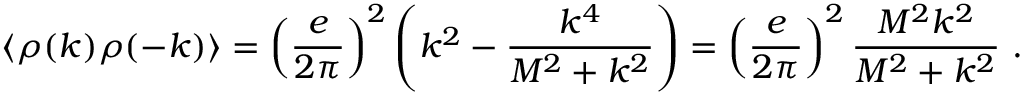
\langle \rho ( k ) \rho ( - k ) \rangle = \left( { \frac { e } { 2 \pi } } \right) ^ { 2 } \left( k ^ { 2 } - { \frac { k ^ { 4 } } { M ^ { 2 } + k ^ { 2 } } } \right) = \left( { \frac { e } { 2 \pi } } \right) ^ { 2 } { \frac { M ^ { 2 } k ^ { 2 } } { M ^ { 2 } + k ^ { 2 } } } \ .